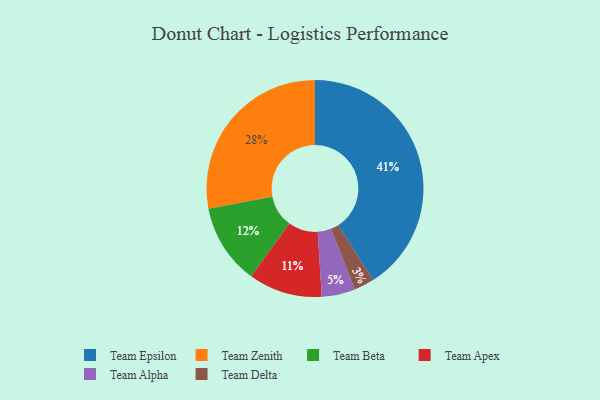
{"axis": {"x": "Category", "y": "Percentage"}, "legend": ["Team Alpha", "Team Apex", "Team Beta", "Team Delta", "Team Epsilon", "Team Zenith"], "data": [{"x": "Team Alpha", "y": 5, "type": "Team Alpha"}, {"x": "Team Apex", "y": 11, "type": "Team Apex"}, {"x": "Team Delta", "y": 3, "type": "Team Delta"}, {"x": "Team Epsilon", "y": 41, "type": "Team Epsilon"}, {"x": "Team Zenith", "y": 28, "type": "Team Zenith"}, {"x": "Team Beta", "y": 12, "type": "Team Beta"}]}